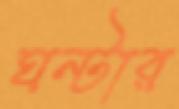
ঘন্টার